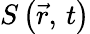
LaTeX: S\left(\vec{r},\, t\right)